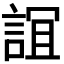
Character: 𧨏